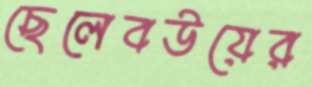
ছেলেবউয়ের